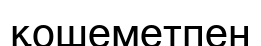
қошеметпен